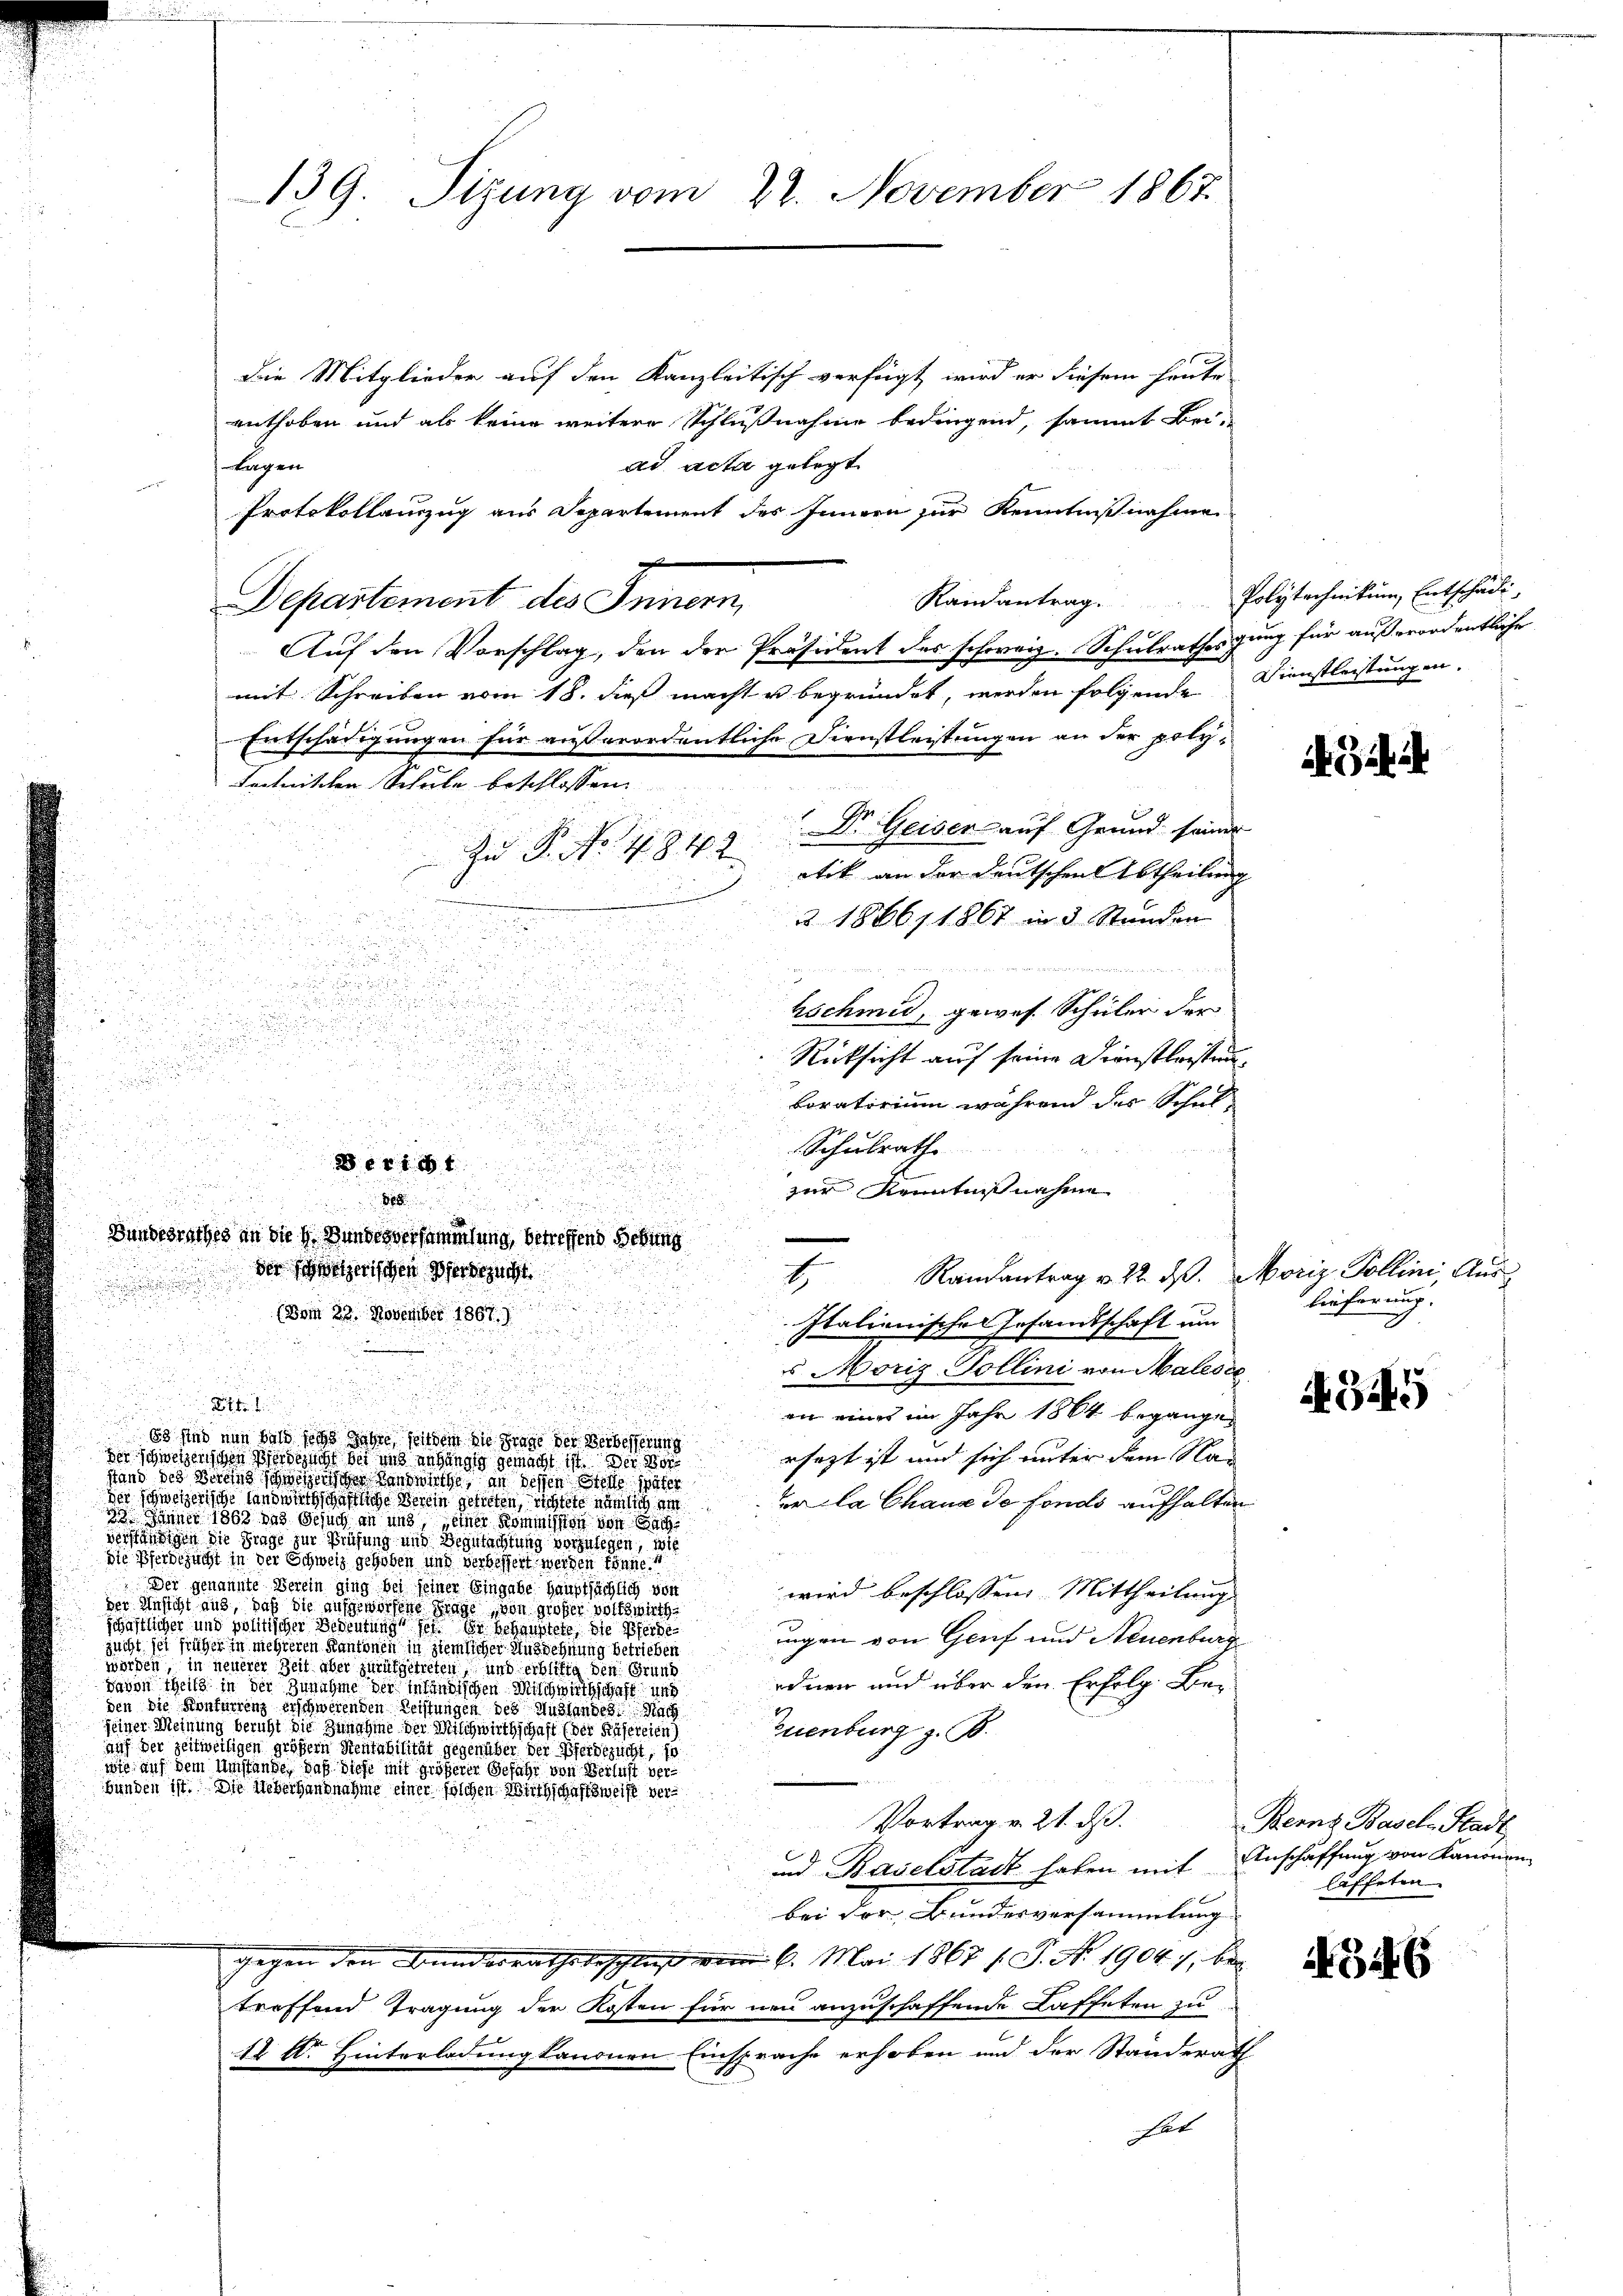
139.
Stzung vom 22. November 1867

die Mitglieder auf den Kanzleitisch verfügt wird er diesem heute
enthoben und als keine weitere Schlußnahme bedingend, sammt Bei-
ad acta gelegt.
lagen
Protokollauszug aus Departement des Innern zur Kenntnißnahmen
Departement des Innern,
Auf den Vorschlag, den der Präsident des schweiz. Schulrathes gung für außerordentliche
mit Schreiben vom 18. dieß macht u begründet, werden folgende Dienstleistungen.
Entschädigungen für außerordentliche Dienstleistungen an der poly¬
Fechnischen Schule beschlossen:
d wie
Dr. Geiser auf Grund seiner
E
Zu P. Nr. 4842
atik an der Deutschen Abtheilung
§ 1866, 1867 in 3 Stunden
u

u

hschmid, gewes Schüler der

Rücksicht auf seine Dienstleisten

n
u
Loratorium während des Schul¬

.

Schulrath

.
zur Kenntnißnahme

 Randantrag v. 22. ds. Moriz Pollini Aus¬

i
(vom 22. November 1807.
Italienischer Gesandtschaft um

u Moriz-Pollini von Malesce

Bl

ai eines im Jahr 1864 begangen
Es sind nun bald sechs Jahre seitdem die Frage der Verbesserung
esezt ist und sich unter dem Nam
Der Schweizerischen Verdezucht bei und anhängig gemacht ist. Der Borstand des Barons schweizerischer Landwirthe, an dessen Stelle später
der Schweizerisch bestige Seren gesten sichtete nemlich ei
er la Chaux de fonds aufhalten
23. Jänner 1863 das Gesuch an und seiner Kommission von Bachverständigen die Frage zur Prüfung und Begutachtung vorzulegen, wie
die Pferdezucht in der Schweiz gehoben und verbessert werden könne
Der genannte Verein ging bei seiner Eingabe Hauptsächlich von
wird beschlossen Mittheilung
der Ansicht aus, daß die aufgeworfene Frage, von großer volkswirthschaftlicher und politischer Bedeutung sei der Schauptet die Pferde
ungen von Genf und Neuenburg
zucht sei früher in mehreren Kantonen in ziemlicher Ausschnung betrieben
worden, in neuerer Zeit aber zurükgetreten, und erbitte den Grund
odner und über den Erfolg. Bedavon theils in der Zunahme der inländischen Mischwirthschaft und
den die Konfurrenz erschwerenden Leistungen des Auslandes Nach
seiner Meinung beruht die Zunahme der Milchwirthschaft der Käsereien)
Euenburg z. B.
auf der zeitweiligen größern Stentabilität gegenüber der Pferdezucht, so
wie auf dem Umstände, daß diese mit größerer Gefahr von Verlust verbunden ist. Die Ueberhandnahme einer solchen Wirthschaftsweise ver¬
Vortrag v. 21. ds.
x
und Baselstadt haben mit Anschaffung von Kanonen
bei der Bundesversammlung
 den Bundesrathsbeschluß vom 6. Mai 1867 s. S. Nr. 1904, bei
treffend Tragung der Kosten für neu anzuschaffende Kaffeten zu
12 Dr Hinterladung kanonen Einsprache erhoben und der Standerath
hat

5

.

Bundesrathes an die h. Bundesversammlung, betreffend Gebung
der schweizerischen Scherbracht

Randantrag. Polytechnikum Entschädi

i ih

lieferung.

345

Berns Basel-Stadt
laffeten.

AB46